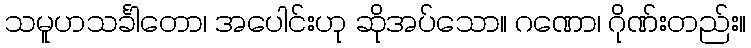
သမူဟသင်္ခါတော၊ အပေါင်းဟု ဆိုအပ်သော။ ဂဏော၊ ဂိုဏ်းတည်း။